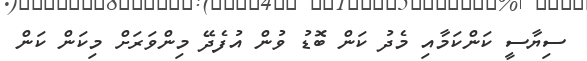
ސިޔާސީ ކަންކަމާއި މެދު ކަން ބޮޑު ވުން އުފެދޭ މިންވަރަށް މިކަން ކަން